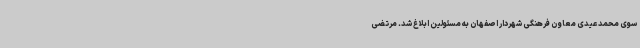
سوی محمد عیدی معاون فرهنگی شهردار اصفهان به مسئولین ابلاغ شد. مرتضی